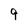
Character: 9